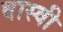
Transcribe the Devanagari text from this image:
वास्वी